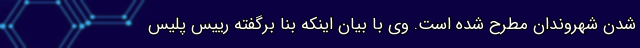
شدن شهروندان مطرح شده است. وی با بیان اینکه بنا برگفته رییس پلیس